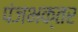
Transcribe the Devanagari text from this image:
पंजभक्तर